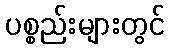
ပစ္စည်းများတွင်